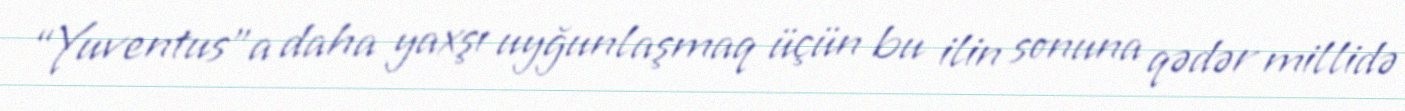
“Yuventus”a daha yaxşı uyğunlaşmaq üçün bu ilin sonuna qədər millidə